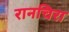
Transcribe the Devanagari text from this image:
रानचिरा